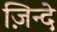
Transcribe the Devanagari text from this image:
ज़िन्दे